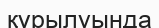
құрылуында